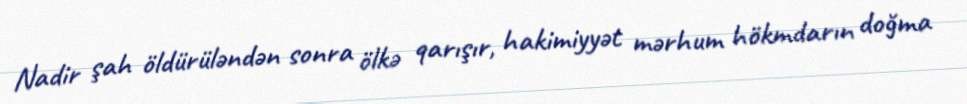
Nadir şah öldürüləndən sonra ölkə qarışır, hakimiyyət mərhum hökmdarın doğma